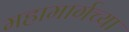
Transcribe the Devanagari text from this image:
महामार्गच्या